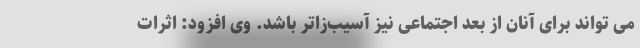
می تواند برای آنان از بعد اجتماعی نیز آسیب‌زاتر باشد. وی افزود: اثرات